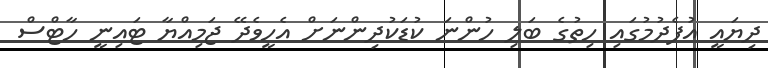
ދިޔައީ އުފެދުމުގައި ހިތުގެ ބަލި ހުންނަ ކުޑަކުދިންނަށް އެހީވެދޭ ޖަމިއްޔާ ޓައިނީ ހާޓްސް